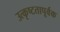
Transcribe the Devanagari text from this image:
उत्कृष्टतापूर्वक